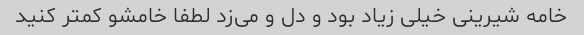
خامه شیرینی خیلی زیاد بود و دل و می‌زد لطفا خامشو کمتر کنید